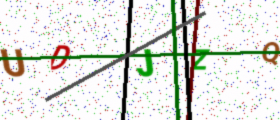
Text: UDJZQ